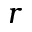
r